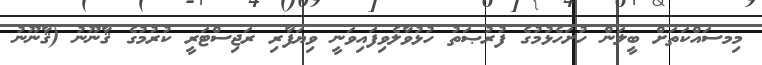
މިމސައްކަތަށް ބީލަން ހުށަހެޅުމުގެ ފުރުޞަތު ހުޅުވާލެވިފައިވަނީ ވިޔަފާރި ރަޖިސްޓަރީ ކުރުމުގެ ޤާނޫނު (ޤާނޫނު